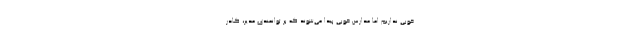
خوبی نداریم اما مدارس خوبی پیدا می‌شوند که بر توانمندی مدیر، کادر